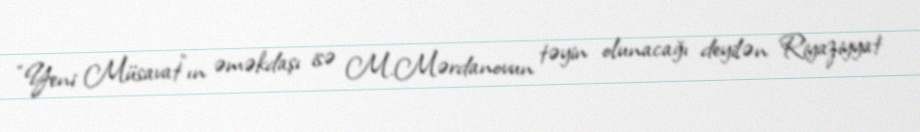
“Yeni Müsavat”ın əməkdaşı isə M.Mərdanovun təyin olunacağı deyilən Riyaziyyat